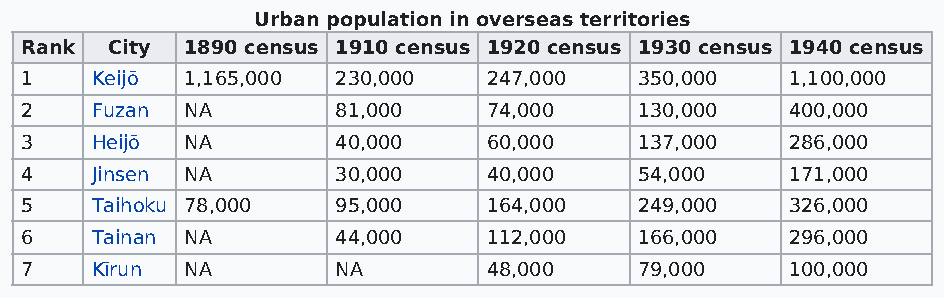
Urban population in overseas territories
 Rank  City 1890 census 1910 census 1920 census 1930 census 1940 census
 1    Keijō 1,165,000 230,000   247,000   350,000   1,100,000
 2    Fuzan NA        81,000    74,000    130,000   400,000
 3    Heijō NA        40,000    60,000    137,000   286,000
 4    Jinsen NA       30,000    40,000    54,000    171,000
 5    Taihoku 78,000  95,000    164,000   249,000   326,000
 6    Tainan NA       44,000    112,000   166,000   296,000
 7    Kīrun NA        NA        48,000    79,000    100,000